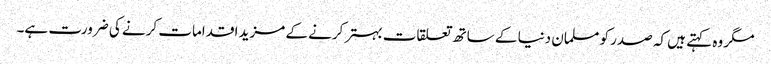
مگر وہ کہتے ہیں کہ صدر کو مسلمان دنیا کے ساتھ تعلقات بہتر کرنے کے مزید اقدامات کرنے کی ضرورت ہے۔